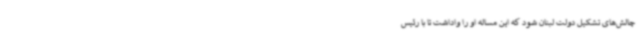
چالش‌های تشکیل دولت لبنان شود که این مساله او را واداشت تا با رئیس